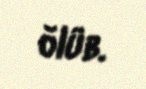
ölüb.